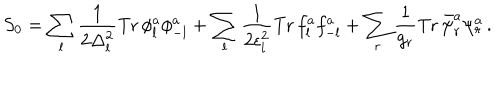
S _ { 0 } = \sum _ { l } \frac { 1 } { 2 \Delta _ { l } ^ { 2 } } \mathrm { T r } \, \phi _ { l } ^ { a } \phi _ { - l } ^ { a } + \sum _ { l } \frac { 1 } { 2 \epsilon _ { l } ^ { 2 } } \mathrm { T r } \, f _ { l } ^ { a } f _ { - l } ^ { a } + \sum _ { r } \frac { 1 } { g _ { r } } \mathrm { T r } \, \bar { \psi } _ { r } ^ { a } \psi _ { r } ^ { a } \, .